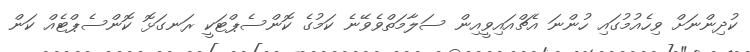
ކުދިންނަށް ވިހެއުމުގައި ހުންނަ އެޗްއައިވީއިން ސަލާމަތްވެވޭނެ ކަމުގެ ކޮންސެޕްޓަކީ ރަނގަޅޮ ކޮންސެޕްޓެއް ކަން